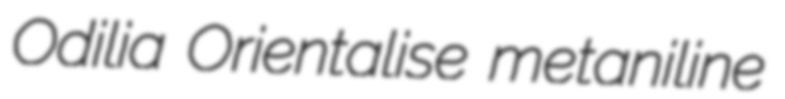
Odilia Orientalise metaniline